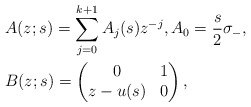
\begin{align*}&A(z;s)=\sum_{j=0}^{k+1}A_j(s)z^{-j},A_0=\frac{s}{2}\sigma_-,\\&B(z;s)=\begin{pmatrix}0&1\\z-u(s)&0\end{pmatrix},\end{align*}